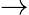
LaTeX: \to